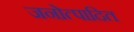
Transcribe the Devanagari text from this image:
जनोत्पादित